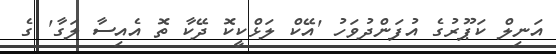
އަނިލް ކަޕޫރުގެ އުފަންދުވަހު 'އޭކް ލަޅްކީކޮ ދޭކާ ތޮ އެއިސާ ލަގާ' ގެ